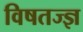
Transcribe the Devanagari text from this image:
विषतज्ज्ञ